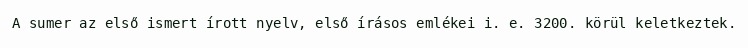
A sumer az első ismert írott nyelv, első írásos emlékei i. e. 3200. körül keletkeztek.